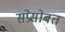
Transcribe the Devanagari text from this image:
सप्रेसोबत